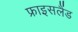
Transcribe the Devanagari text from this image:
फ्राइसलैंड